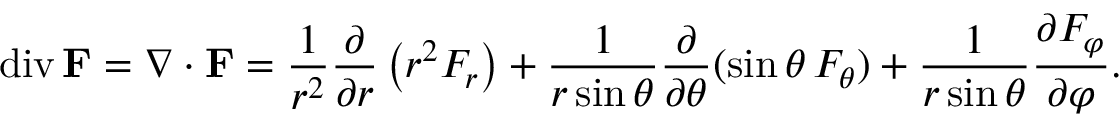
\operatorname { d i v } \mathbf { F } = \nabla \cdot \mathbf { F } = { \frac { 1 } { r ^ { 2 } } } { \frac { \partial } { \partial r } } \left( r ^ { 2 } F _ { r } \right) + { \frac { 1 } { r \sin \theta } } { \frac { \partial } { \partial \theta } } ( \sin \theta \, F _ { \theta } ) + { \frac { 1 } { r \sin \theta } } { \frac { \partial F _ { \varphi } } { \partial \varphi } } .